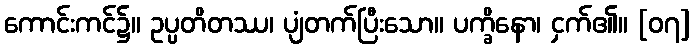
ကောင်းကင်၌။ ဥပ္ပတိတဿ၊ ပျံတက်ပြီးသော။ ပက္ခိနော၊ ငှက်၏။ [၀၇]